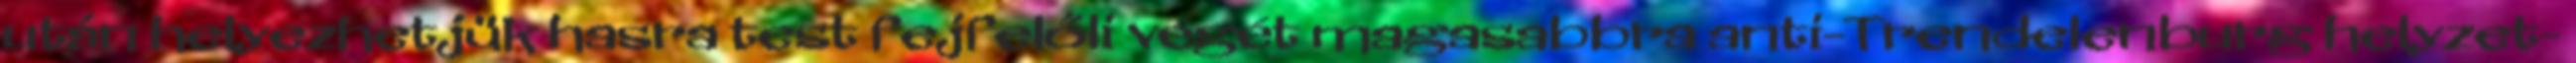
után helyezhetjük hasra test fejfelőli végét magasabbra anti-Trendelenburg helyzet-